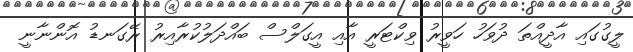
ލީގުގައި އާދީއްތަ ދުވަހު ހަވީރު ވިކްޓަރީ އާއި އީގަލްސް ބައްދަލުކުރާއިރު ރޭގަނޑު އޮންނާނީ